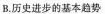
B.历史进步的基本趋势